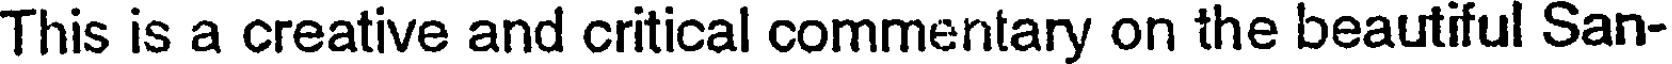
This is a creative and critical commentary on the beautiful San-